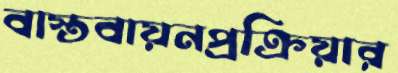
বাস্তবায়নপ্রক্রিয়ার